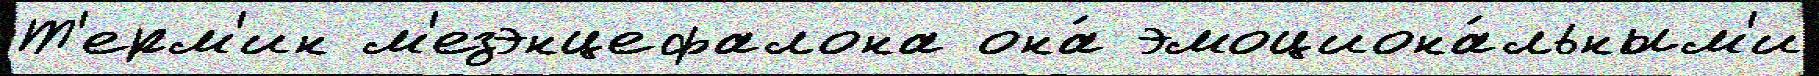
Т'ерм'ин м'езэнцефалона она́ эмоциона́льным'и